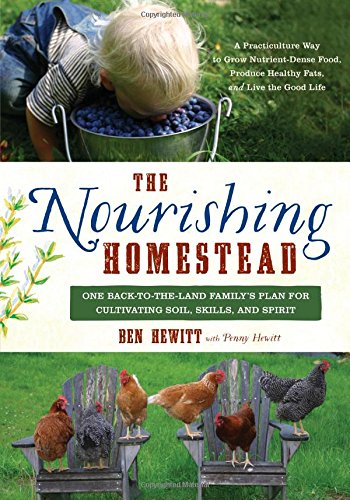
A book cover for The Nourishing Homestead: One Back-to-the-Land Family's Plan for Cultivating Soil, Skills, and Spirit; Ben Hewitt; Cookbooks, Food & Wine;